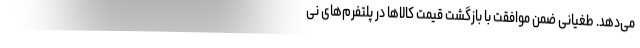
می‌دهد. طغیانی ضمن موافقت با بازگشت قیمت کالا‌ها در پلتفرم‌های نی